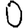
Digit: 0